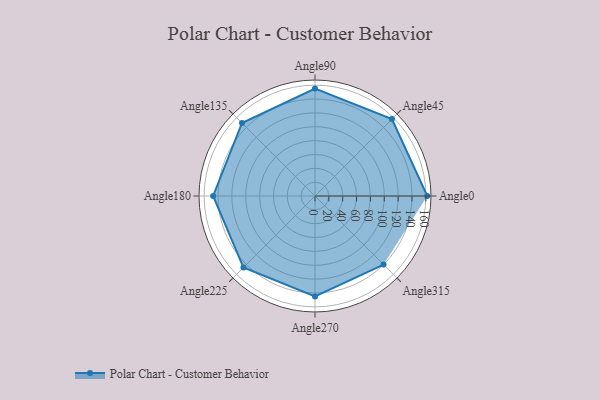
{"axis": {"x": "Angle", "y": "Radius"}, "legend": [""], "data": [{"x": "Angle0", "y": 162.0, "type": ""}, {"x": "Angle45", "y": 157.0, "type": ""}, {"x": "Angle90", "y": 155.0, "type": ""}, {"x": "Angle135", "y": 149.0, "type": ""}, {"x": "Angle180", "y": 147.0, "type": ""}, {"x": "Angle225", "y": 146.0, "type": ""}, {"x": "Angle270", "y": 145.0, "type": ""}, {"x": "Angle315", "y": 140.0, "type": ""}]}